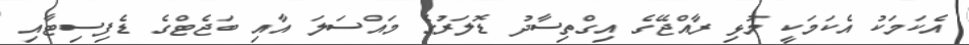
އެކަމަކު އެކަމަކީ މުޅި ރާއްޖޭގެ އިގްތިސާދު ޑޮލަރުގެ މައްސަލަ އާއި ބަޖެޓްގެ ޑެފިސިޓާއި